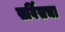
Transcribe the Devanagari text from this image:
सर्विसचा